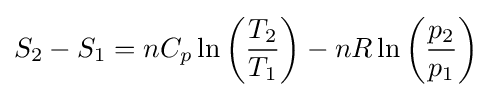
S_{2}-S_{1}=nC_{p}\ln \left({\frac {T_{2}}{T_{1}}}\right)-nR\ln \left({\frac {p_{2}}{p_{1}}}\right)